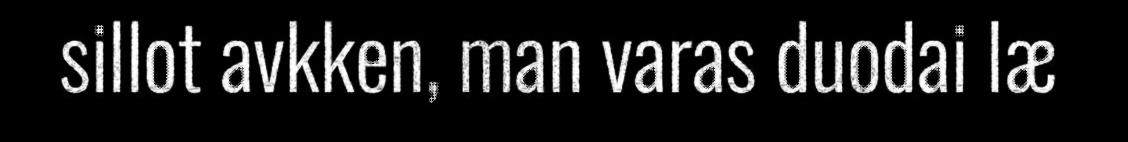
sillot avkken, man varas duodai læ